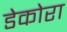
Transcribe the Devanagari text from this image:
डेकोरा